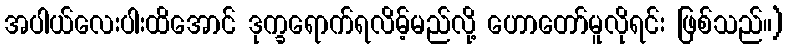
အပါယ်လေးပါးထိအောင် ဒုက္ခရောက်ရလိမ့်မည်လို့ ဟောတော်မူလိုရင်း ဖြစ်သည်။)